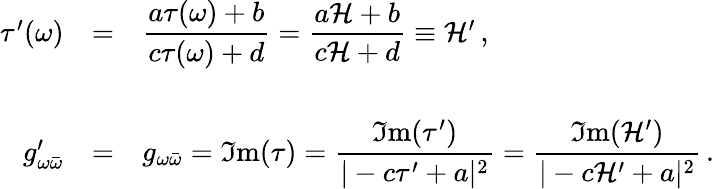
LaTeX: \begin{array}{rcl}{{\tau^{\prime}(\omega)}}&{{=}}&{{{\displaystyle\frac{a\tau(\omega)+b}{c\tau(\omega)+d}}={\displaystyle\frac{a{\cal H}+b}{c{\cal H}+d}}\equiv{\cal H}^{\prime}\, ,}}\\ {{}}&{{}}&{{}}\\ {{g_{\omega\bar{\omega}}^{\prime}}}&{{=}}&{{g_{\omega\bar{\omega}}=\Im\mathrm{m}(\tau)={\displaystyle\frac{\Im\mathrm{m}(\tau^{\prime})}{|-c\tau^{\prime}+a|^{2}}}={\displaystyle\frac{\Im\mathrm{m}({\cal H}^{\prime})}{|-c{\cal H}^{\prime}+a|^{2}}}\, .}}\end{array}